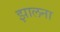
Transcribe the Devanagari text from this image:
झालना